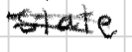
Text: State
Cross-out: double-line
Writing tool: digital_black